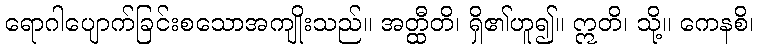
ရောဂါပျောက်ခြင်းစသောအကျိုးသည်။ အတ္ထီတိ၊ ရှိ၏ဟူ၍။ ဣတိ၊ သို့။ ကေနစိ၊